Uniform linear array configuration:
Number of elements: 12
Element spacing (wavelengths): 0.75
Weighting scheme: cosine
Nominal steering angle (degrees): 30
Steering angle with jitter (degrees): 31.035
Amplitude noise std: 0.05
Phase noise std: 0.05

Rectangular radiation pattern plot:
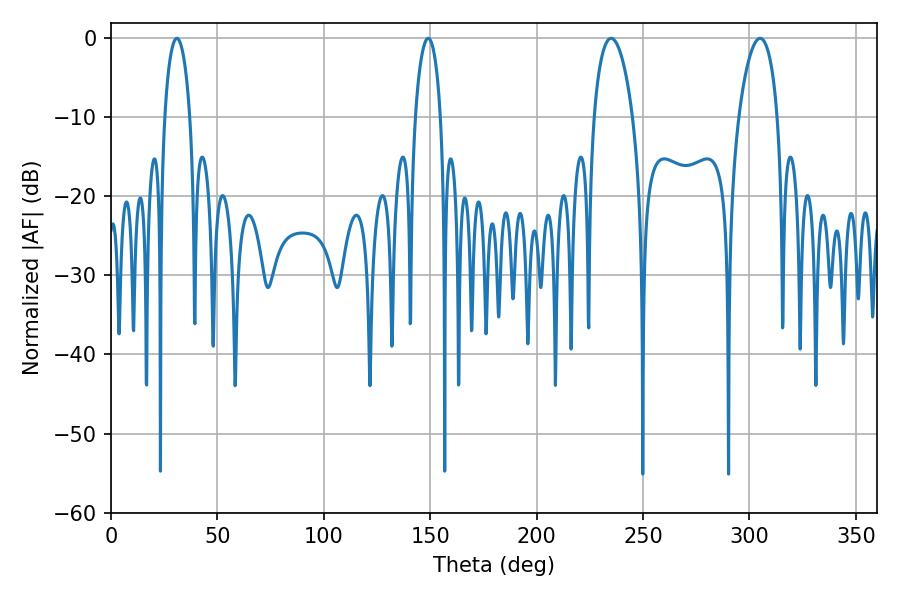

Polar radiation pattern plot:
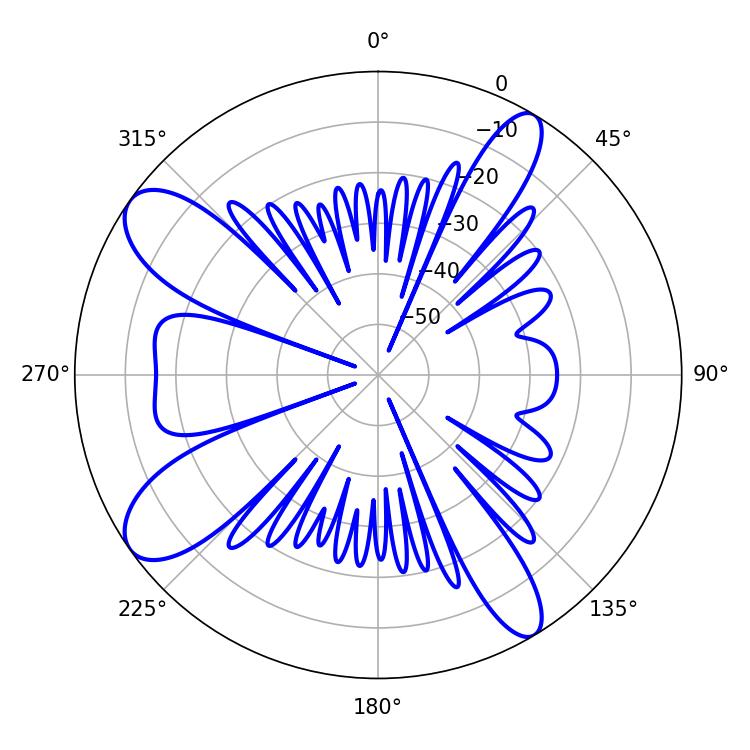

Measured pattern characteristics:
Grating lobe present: TRUE
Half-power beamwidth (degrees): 6.84
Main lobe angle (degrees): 30.96